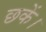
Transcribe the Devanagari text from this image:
छकें।